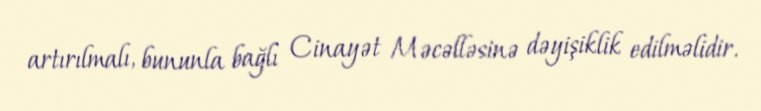
artırılmalı, bununla bağlı Cinayət Məcəlləsinə dəyişiklik edilməlidir.